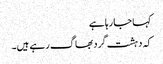
کہا جا رہا ہے
کہ دہشت گرد بھاگ رہے ہیں۔